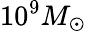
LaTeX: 10^{9}M_{\odot}